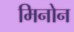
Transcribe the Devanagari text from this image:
मिनोन